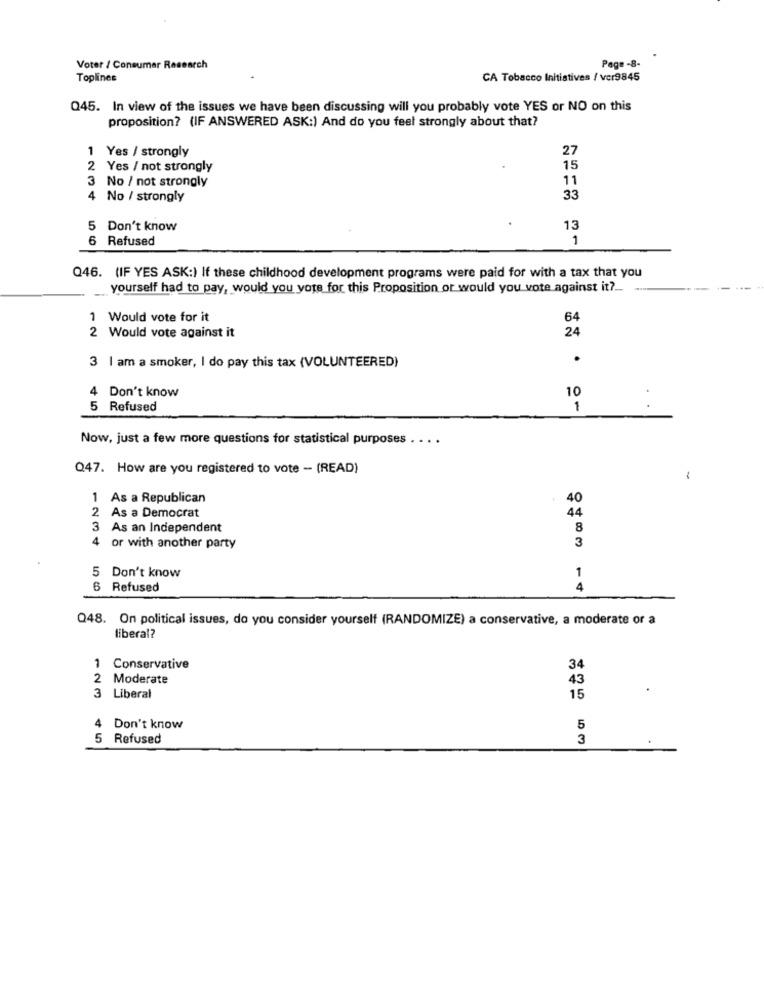
Page -8-
Voter / Consumer Research
Toplines
CA Tobacco Initiatives / vcr9845
Q45. In view of the issues we have been discussing will you probably vote YES or NO on this
proposition? (IF ANSWERED ASK:) And do you feel strongly about that?
27
1 Yes / strongly
2 Yes / not strongly
15
3 No / not strongly
11
4 No / strongly
33
5 Don't know
13
6 Refused
Q46. (IF YES ASK:) If these childhood development programs were paid for with a tax that you
yourself had to pay, would you vote for this Proposition or would you vote against it ?..
1 Would vote for it
64
2 Would vote against it
24
.
3 | am a smoker, I do pay this tax (VOLUNTEERED)
4 Don't know
10
5 Refused
1
Now, just a few more questions for statistical purposes . .. .
Q47. How are you registered to vote - (READ)
1
As a Republican
40
2 As a Democrat
44
3 As an Independent
8
4 or with another party
3
1
5 Don't know
6 Refused
4
Q48. On political issues, do you consider yourself (RANDOMIZE) a conservative, a moderate or a
liberal?
Conservative
34
2 Moderate
43
Liberal
123
15
4
Don't know
5
5 Refused
3